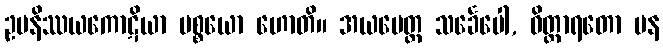
ဥပနိဿယကောဋိယာ ပစ္စယော ဟောတိ။ အယမေတ္ထ သင်္ခေပေါ, ဝိတ္ထာရတော ပန